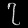
Digit: ၇